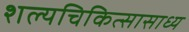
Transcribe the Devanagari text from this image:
शल्यचिकित्सासाध्य